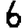
Digit: 6